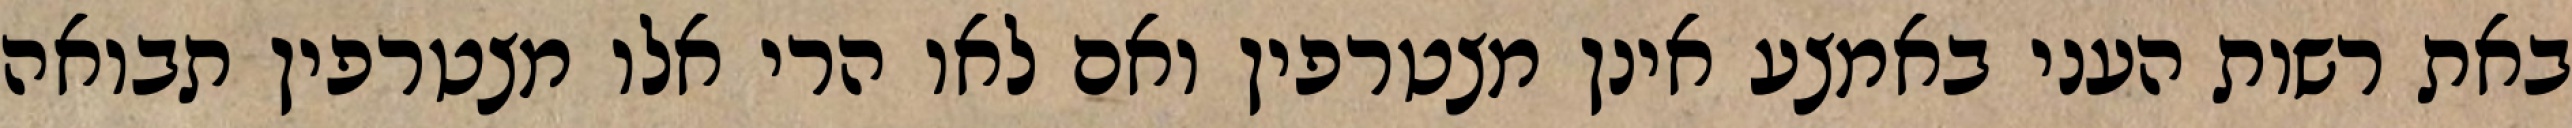
באת רשות העני באמצע אינן מצטרפין ואם לאו הרי אלו מצטרפין תבואה